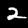
Label: 2